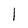
Character: I